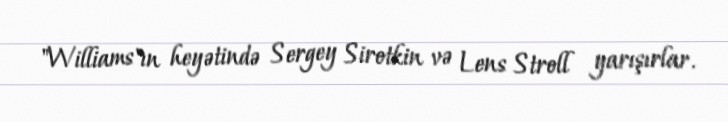
"Williams"ın heyətində Sergey Sirotkin və Lens Stroll yarışırlar.